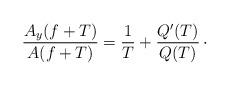
LaTeX: \begin{align*}\frac{A_y(f+T)}{A(f+T)}= \frac{1}{T} + \frac{Q'(T)}{Q(T)} \, \cdot\end{align*}